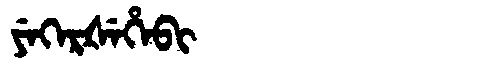
Manchu: ᠶᡝᡴᡝᡵᡧᡝᡥᡝᠪᡳ
Romanization: YEKERŠEHEBI